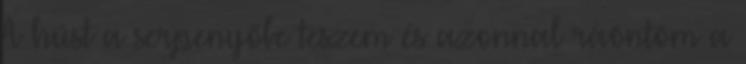
A húst a serpenyőbe teszem és azonnal ráöntöm a